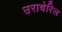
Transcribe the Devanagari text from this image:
उराचेरिल